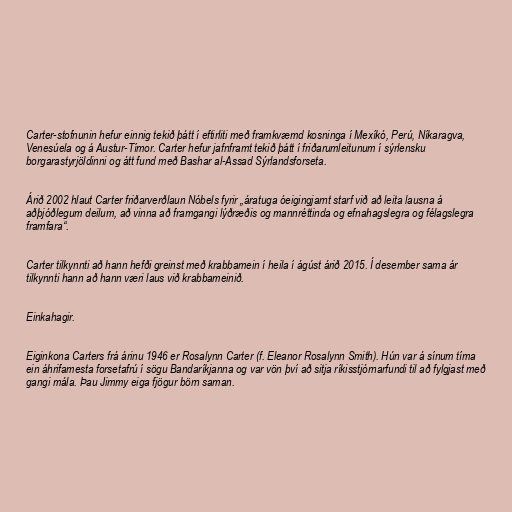
Carter-stofnunin hefur einnig tekið þátt í eftirliti með framkvæmd kosninga í Mexíkó, Perú, Níkaragva,
Venesúela og á Austur-Tímor. Carter hefur jafnframt tekið þátt í friðarumleitunum í sýrlensku
borgarastyrjöldinni og átt fund með Bashar al-Assad Sýrlandsforseta.

Árið 2002 hlaut Carter friðarverðlaun Nóbels fyrir „ára­tuga óeig­ingjarnt starf við að leita lausna á
aðþjóðleg­um deil­um, að vinna að fram­gangi lýðræðis og mann­rétt­inda og efna­hags­legra og fé­lags­legra
fram­fara“.

Carter tilkynnti að hann hefði greinst með krabbamein í heila í ágúst árið 2015. Í desember sama ár
tilkynnti hann að hann væri laus við krabbameinið.

Einkahagir.

Eiginkona Carters frá árinu 1946 er Rosalynn Carter (f. Eleanor Rosalynn Smith). Hún var á sínum tíma
ein áhrifamesta forsetafrú í sögu Bandaríkjanna og var vön því að sitja ríkisstjórnarfundi til að fylgjast með
gangi mála. Þau Jimmy eiga fjögur börn saman.